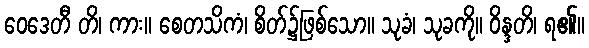
ဝေဒေတီ တိ၊ ကား။ စေတသိကံ၊ စိတ်၌ဖြစ်သော။ သုခံ၊ သုခကို။ ဝိန္ဒတိ၊ ရ၏။